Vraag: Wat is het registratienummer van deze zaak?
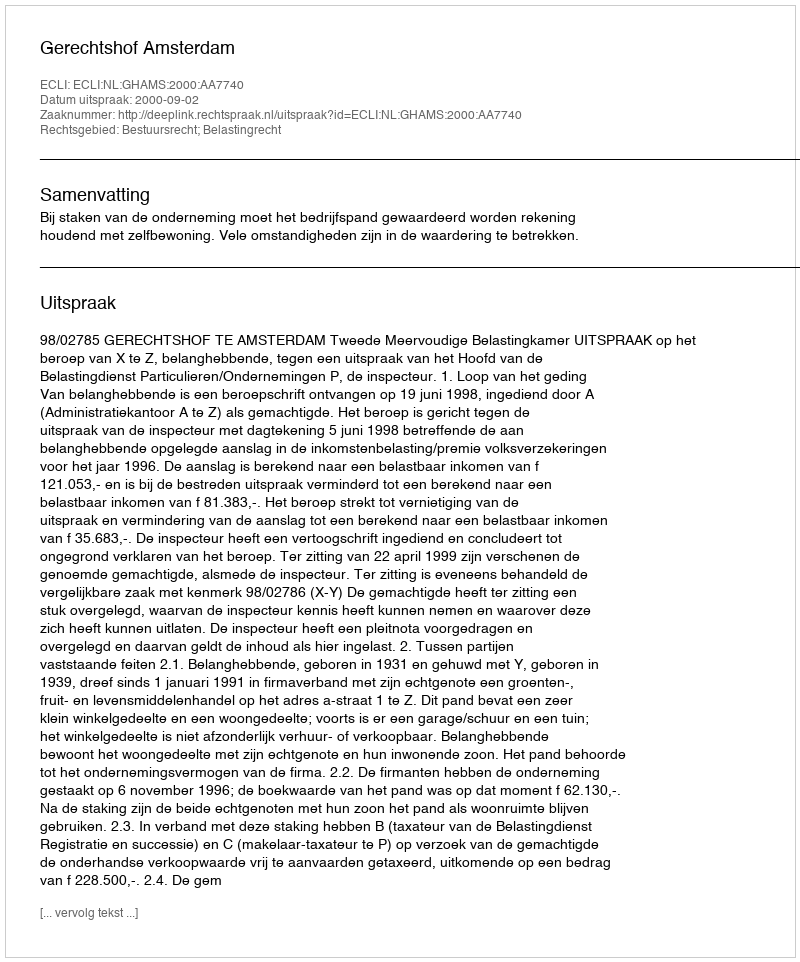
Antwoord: http://deeplink.rechtspraak.nl/uitspraak?id=ECLI:NL:GHAMS:2000:AA7740